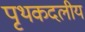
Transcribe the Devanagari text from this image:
पृथकदलीय